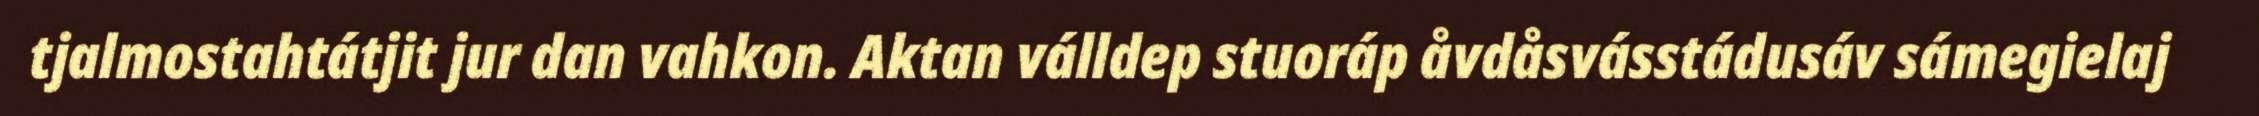
tjalmostahtátjit jur dan vahkon. Aktan válldep stuoráp åvdåsvásstádusáv sámegielaj